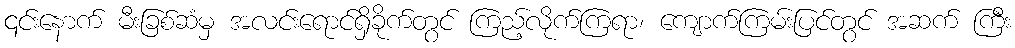
၎င်းနောက် မီးခြစ်ဆံမှ အလင်းရောင်ရှိခိုက်တွင် ကြည့်လိုက်ကြရာ၊ ကျောက်ကြမ်းပြင်တွင် အဆက် ကြီး